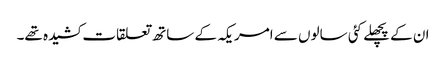
ان کے پچھلے کئی سالوں سے امریکہ کے ساتھ تعلقات کشیدہ تھے۔